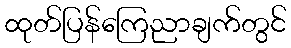
ထုတ်ပြန်ကြေညာချက်တွင်